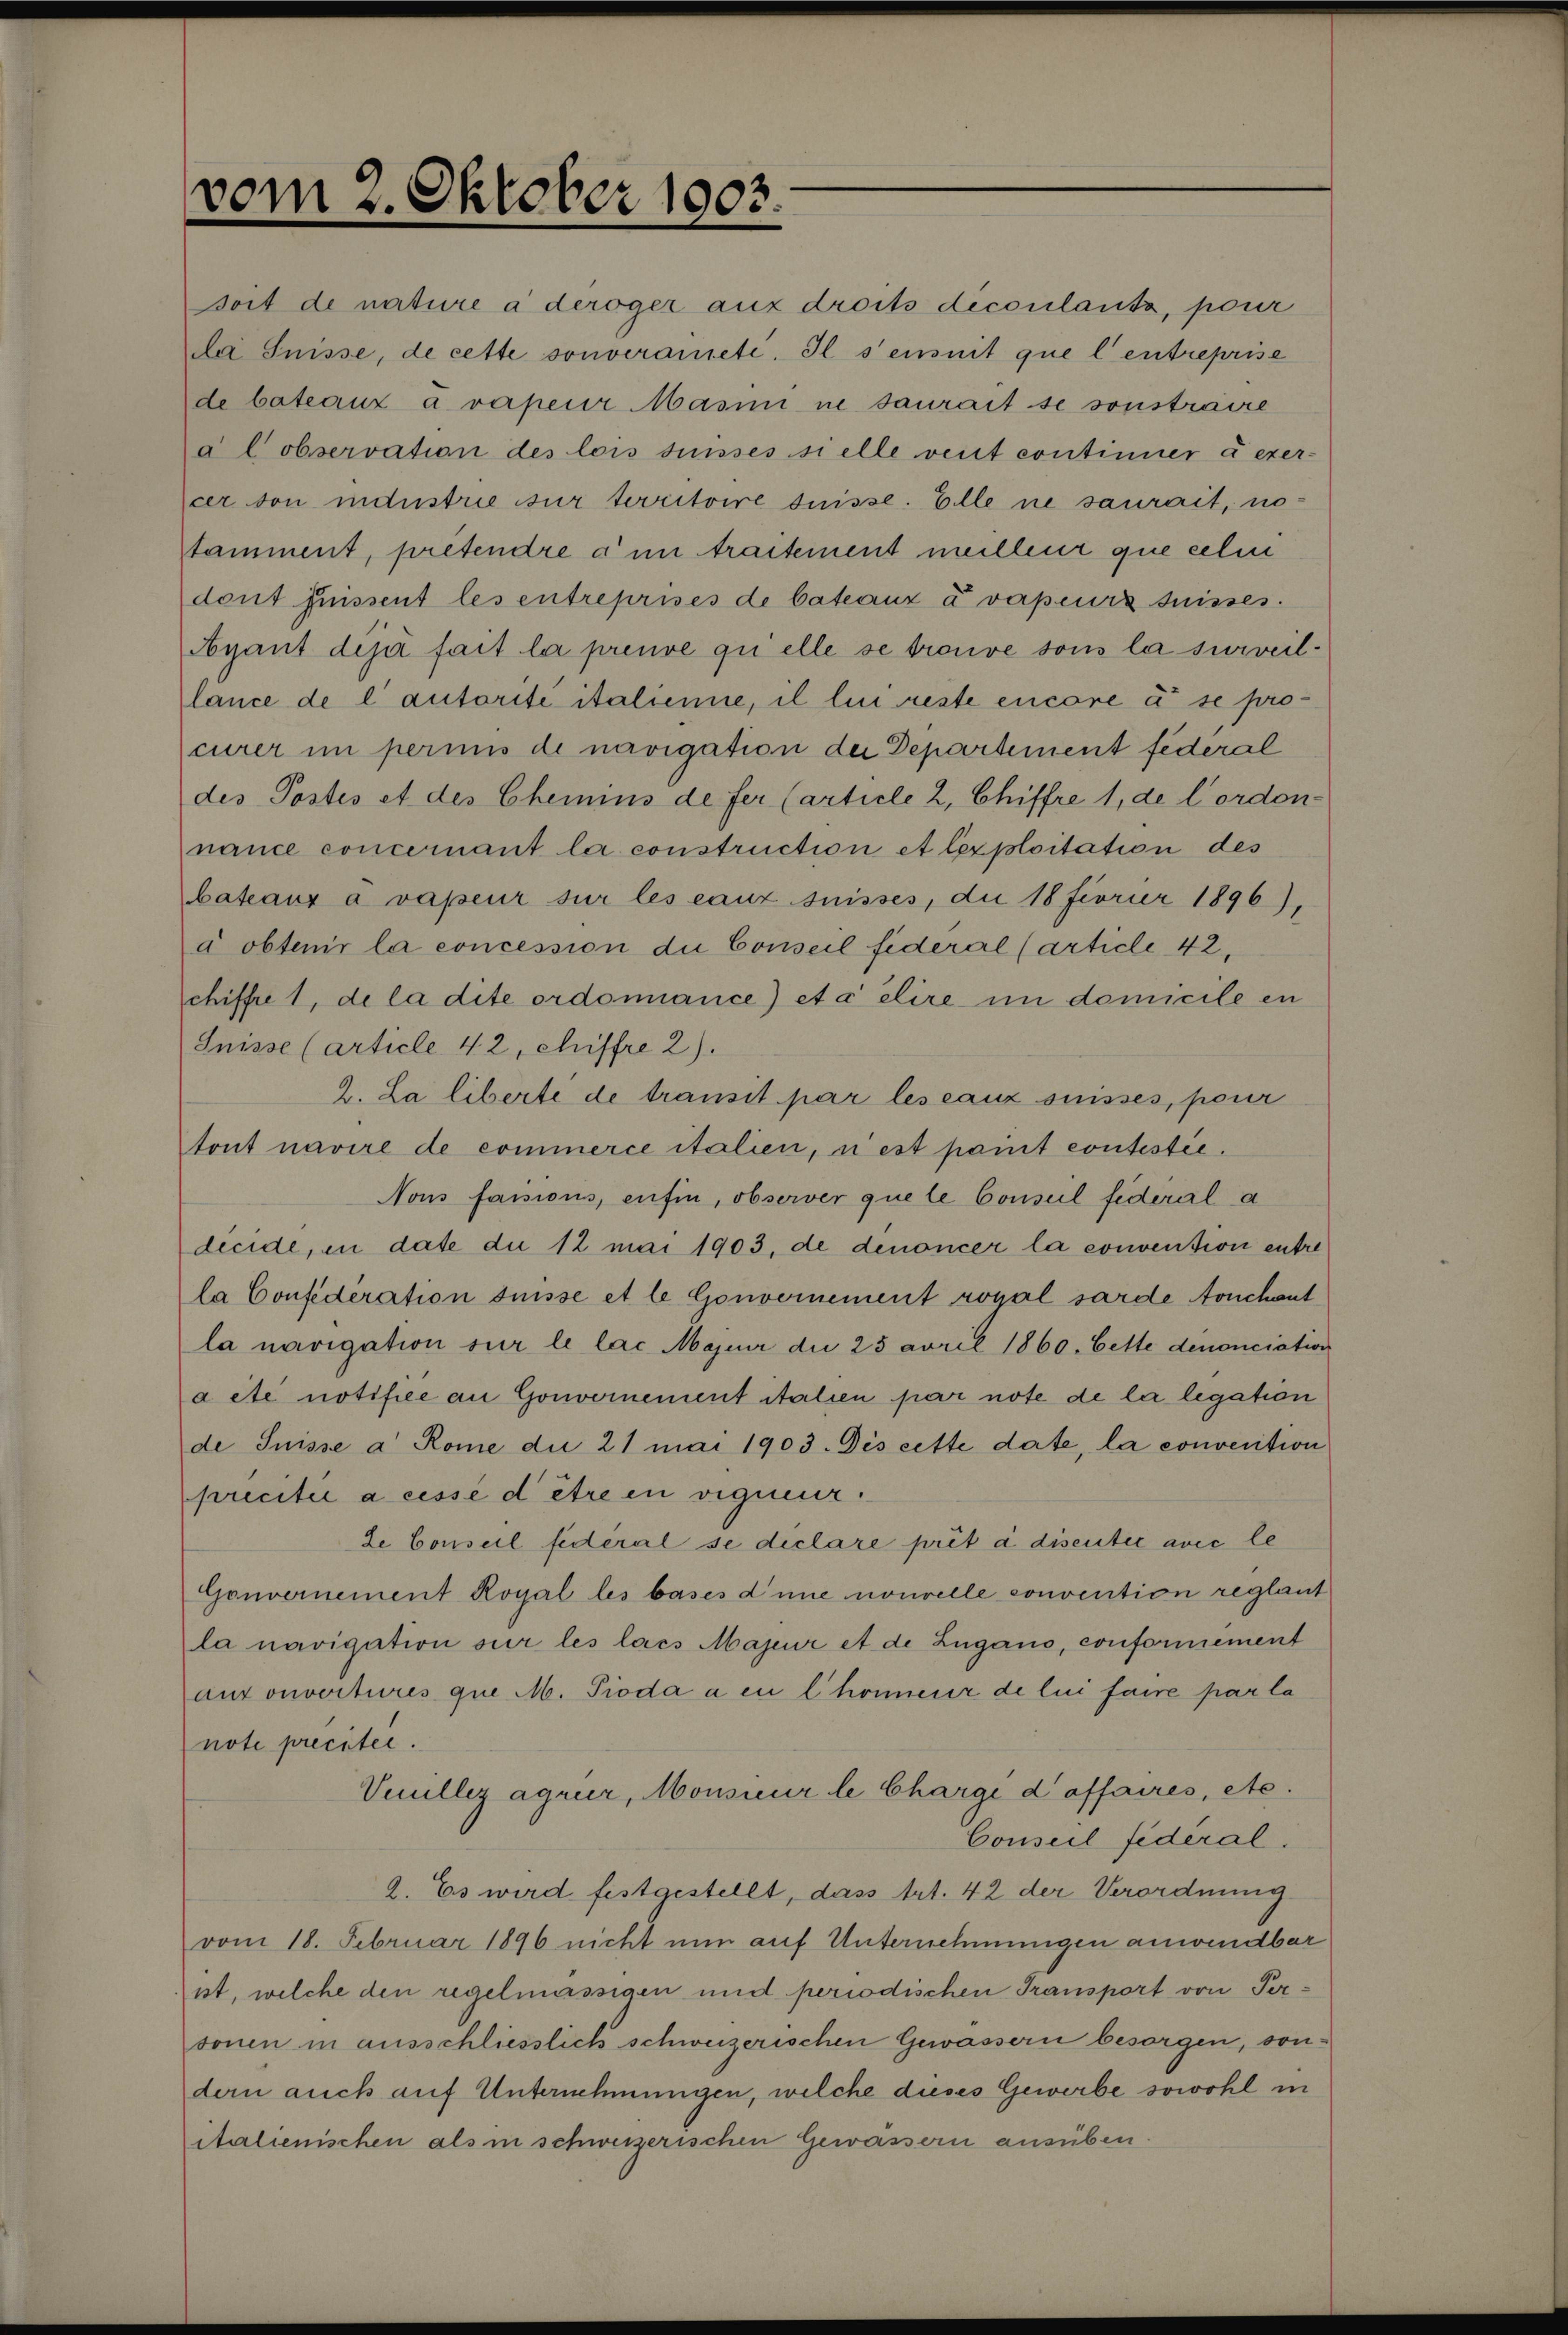
vom 2. Oktober 1903.

soit de nature à deroger aux droits découlanta, pour
Da Suisse, de cette souveraneté. Il s’ensuit que l’entreprise
de bateauz a. vapeur Masini ne saurait se sonstraire
al observation des lois suisses sielle vent continner à exer-
cer von industrie sur territoire süsse. Elle ne saurait, no

Stamment, pretendre à un traitement meilleur que celen
dont puissent les entreprises de bateaux avapeurs suisses.
Ayant deja fait la preuve qui elle se trouve sous la surveillance de l’autorité italienne, il lui reste encore à se procurer im perius de navigation der Departement federal
des Postes et des Chemins de fer (article 2, Chiffre 1, de Cordon-
nance concernant la construction et lexploitation des
bateaux à vapeur sur les eaux suisses, die 18 Fiorier 1896),
à obtenir la concession die Conseil fideral (article 42
chiffre 1, de la dite ordonnance) età elire in domicile en
Suisse (article 42, Chiffre 2).
2. La liberte de transit par les cauz ouisses, pour
tont navire de commerce italien, nest pait contestie¬
Nons fassions, enfin, observer quele Conseil fideral a
dieide, in date du 12 mai 1903, de denoncer la convention entre
la Confederation suisse et le Gouvernement royal sarde onchent
la navigation sur le lac Majuir die 25 avril 1860. Bette denonciation
a etc notifice an Gouvernement italien par note de la legation
de Suisse a Rome die 21 mai 1903. Dès cette date, la convention
precitie a cesse d être in vigneur.
de Conseil fédéral se declare prêt à disentée avec le
Gouvernement Royal les bases d’une nouvelle convention reglaut
la navigation sur les lacs Majeur et de Zugano, conformément
ansonvertures que M. Pioda a eu l honneur de lui faire par la
note preciter.
Veillez agrur, Monsieur le Chargé d’affaires, etc.
Conseil fédéral.
2. Es wird festgestellt, dass Art. 42 der Verordnung
vom 18. Februar 1896 nicht nun auf Unternehmungen anwendbar
ist, welche den regelmässigen und periodischen Transport von Personen in ausschliesslich schweizerischen Gewässern besorgen, sondern auch auf Unternehmungen, welche dieses Gewerbe sowohl in
italienischen als in schweizerischen Gewässern ausüben.